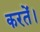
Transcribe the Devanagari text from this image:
करतें।